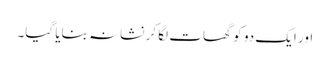
اور ایک دو کو گھات لگا کر نشانہ بنایا گیا۔